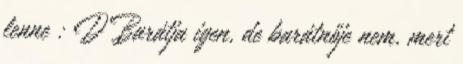
lenne : D Barátja igen, de barátnője nem, mert